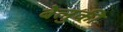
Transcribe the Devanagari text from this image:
बेलुकी